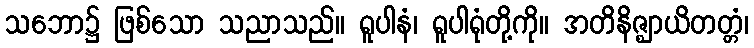
သဘော၌ ဖြစ်သော သညာသည်။ ရူပါနံ၊ ရူပါရုံတို့ကို။ အတိနိဇ္ဈာယိတတ္တံ၊